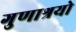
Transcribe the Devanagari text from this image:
गुणाश्रयो